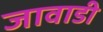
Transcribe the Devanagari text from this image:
जावाडी